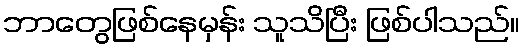
ဘာတွေဖြစ်နေမှန်း သူသိပြီး ဖြစ်ပါသည်။